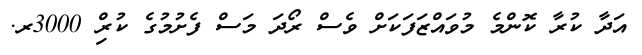
އަދާ ކުރާ ކޮންމެ މުވައްޒަފަކަށް ވެސް ރޯދަ މަސް ފެށުމުގެ ކުރިް 3000ރ.